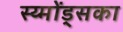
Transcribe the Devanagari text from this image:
स्य्मोंड्सका